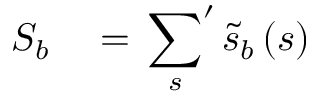
\begin{array} { r l } { S _ { b } } & { { } = \displaystyle \sideset { } { ' } \sum _ { s } \widetilde { s } _ { b } \left( s \right) } \end{array}